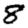
Digit: 8